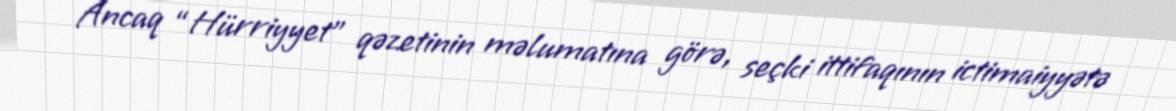
Ancaq “Hürriyyet” qəzetinin məlumatına görə, seçki ittifaqının ictimaiyyətə